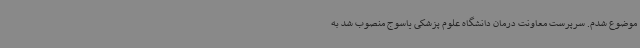
موضوع شدم. سرپرست معاونت درمان دانشگاه علوم پزشکی یاسوج منصوب شد به